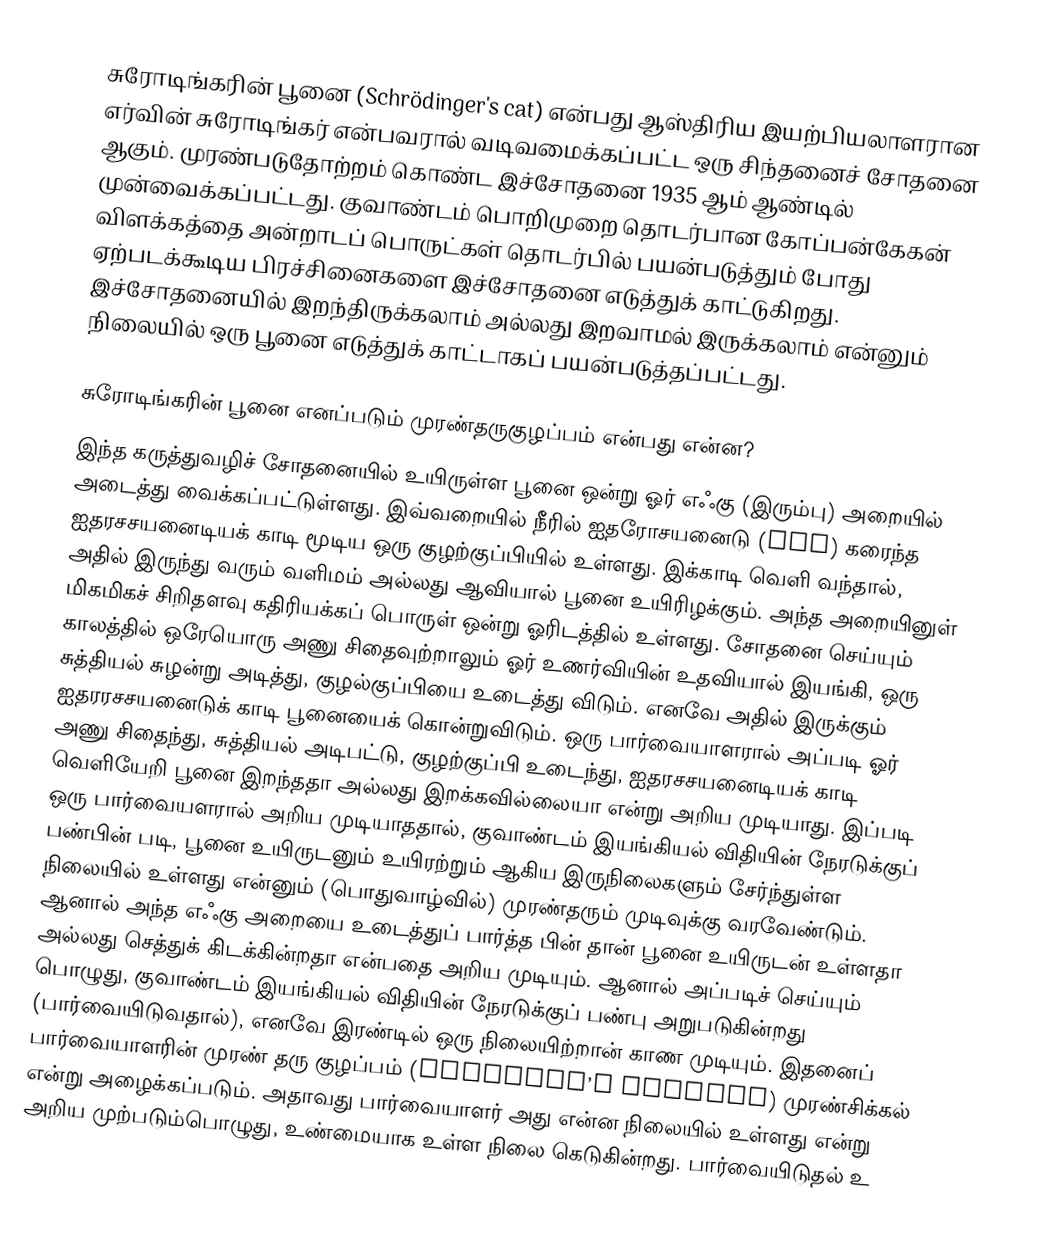
சுரோடிங்கரின் பூனை (Schrödinger's cat) என்பது ஆஸ்திரிய இயற்பியலாளரான எர்வின் சுரோடிங்கர் என்பவரால் வடிவமைக்கப்பட்ட ஒரு சிந்தனைச் சோதனை ஆகும். முரண்படுதோற்றம் கொண்ட இச்சோதனை 1935 ஆம் ஆண்டில் முன்வைக்கப்பட்டது. குவாண்டம் பொறிமுறை தொடர்பான கோப்பன்கேகன் விளக்கத்தை அன்றாடப் பொருட்கள் தொடர்பில் பயன்படுத்தும் போது ஏற்படக்கூடிய பிரச்சினைகளை இச்சோதனை எடுத்துக் காட்டுகிறது. இச்சோதனையில் இறந்திருக்கலாம் அல்லது இறவாமல் இருக்கலாம் என்னும் நிலையில் ஒரு பூனை எடுத்துக் காட்டாகப் பயன்படுத்தப்பட்டது.

சுரோடிங்கரின் பூனை எனப்படும் முரண்தருகுழப்பம் என்பது என்ன?
இந்த கருத்துவழிச் சோதனையில் உயிருள்ள பூனை ஒன்று ஓர் எஃகு (இரும்பு) அறையில் அடைத்து வைக்கப்பட்டுள்ளது. இவ்வறையில் நீரில் ஐதரோசயனைடு (HCN) கரைந்த ஐதரசசயனைடியக் காடி மூடிய ஒரு குழற்குப்பியில் உள்ளது. இக்காடி வெளி வந்தால், அதில் இருந்து வரும் வளிமம் அல்லது ஆவியால் பூனை உயிரிழக்கும். அந்த அறையினுள் மிகமிகச் சிறிதளவு கதிரியக்கப் பொருள் ஒன்று ஓரிடத்தில் உள்ளது. சோதனை செய்யும் காலத்தில் ஒரேயொரு அணு சிதைவுற்றாலும் ஓர் உணர்வியின் உதவியால் இயங்கி, ஒரு சுத்தியல் சுழன்று அடித்து, குழல்குப்பியை உடைத்து விடும். எனவே அதில் இருக்கும் ஐதரரசசயனைடுக் காடி பூனையைக் கொன்றுவிடும். ஒரு பார்வையாளரால் அப்படி ஓர் அணு சிதைந்து, சுத்தியல் அடிபட்டு, குழற்குப்பி உடைந்து, ஐதரசசயனைடியக் காடி வெளியேறி பூனை இறந்ததா அல்லது இறக்கவில்லையா என்று அறிய முடியாது. இப்படி ஒரு பார்வையளரால் அறிய முடியாததால், குவாண்டம் இயங்கியல் விதியின் நேரடுக்குப் பண்பின் படி, பூனை உயிருடனும் உயிரற்றும் ஆகிய இருநிலைகளும் சேர்ந்துள்ள நிலையில் உள்ளது என்னும் (பொதுவாழ்வில்) முரண்தரும் முடிவுக்கு வரவேண்டும். ஆனால் அந்த எஃகு அறையை உடைத்துப் பார்த்த பின் தான் பூனை உயிருடன் உள்ளதா அல்லது செத்துக் கிடக்கின்றதா என்பதை அறிய முடியும். ஆனால் அப்படிச் செய்யும் பொழுது, குவாண்டம் இயங்கியல் விதியின் நேரடுக்குப் பண்பு அறுபடுகின்றது (பார்வையிடுவதால்), எனவே இரண்டில் ஒரு நிலையிற்றான் காண முடியும். இதனைப் பார்வையாளரின் முரண் தரு குழப்பம் (observer’s paradox) முரண்சிக்கல் என்று அழைக்கப்படும். அதாவது பார்வையாளர் அது என்ன நிலையில் உள்ளது என்று அறிய முற்படும்பொழுது, உண்மையாக உள்ள நிலை கெடுகின்றது. பார்வையிடுதல் உ